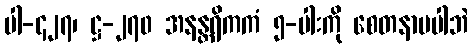
ပါ-၄၂၇၊ ဋ္ဌ-၂၇၀ အနန္တရိကကံ ၅-ပါးကို စေတနာမပါဘဲ